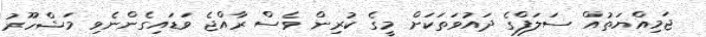
ޖަމިއްޔަތުއް ސަލަފްގެ ދައުވަތަކަށް މީގެ ކުރިން ވެސް ރާއްޖެ ވަޑައިގެންނެވި މަޝްހޫރު